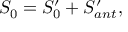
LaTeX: S _ { 0 } = S _ { 0 } ^ { \prime } + S _ { a n t } ^ { \prime } ,